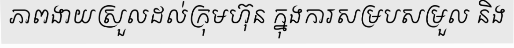
ភាពងាយស្រួលដល់ក្រុមហ៊ុន ក្នុងការសម្របសម្រួល និង